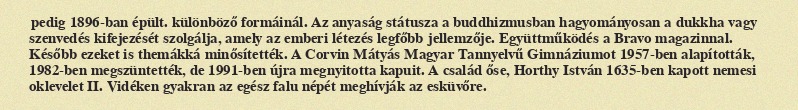
pedig 1896-ban épült. különböző formáinál. Az anyaság státusza a buddhizmusban hagyományosan a dukkha vagy szenvedés kifejezését szolgálja, amely az emberi létezés legfőbb jellemzője. Együttműködés a Bravo magazinnal. Később ezeket is themákká minősítették. A Corvin Mátyás Magyar Tannyelvű Gimnáziumot 1957-ben alapították, 1982-ben megszüntették, de 1991-ben újra megnyitotta kapuit. A család őse, Horthy István 1635-ben kapott nemesi oklevelet II. Vidéken gyakran az egész falu népét meghívják az esküvőre.